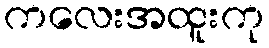
ကလေးအထူးကု